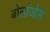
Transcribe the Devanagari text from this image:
बोलांजोस